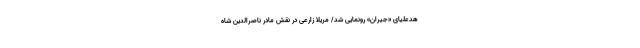
هدعلیای «جیران» رونمایی شد/ مریلا زارعی در نقش مادر ناصرالدین شاه